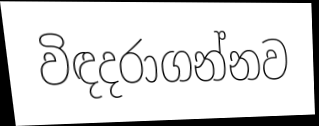
විඳදරාගන්නව